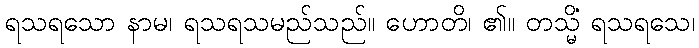
ရသရသော နာမ၊ ရသရသမည်သည်။ ဟောတိ၊ ၏။ တသ္မိံ ရသရသေ၊